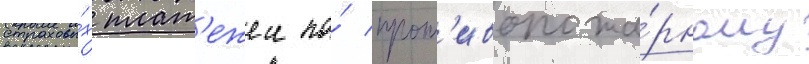
страховы́х плат'ежеи по́ прот'ивопожа́рному